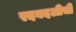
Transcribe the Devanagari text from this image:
रदबदलीची